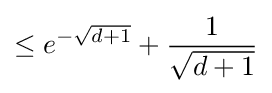
\leq e^{-{\sqrt {d+1}}}+{\frac {1}{\sqrt {d+1}}}